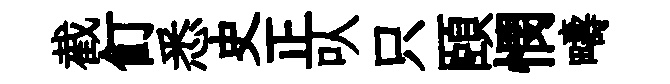
截飣悉史正㕥只頤憫疇